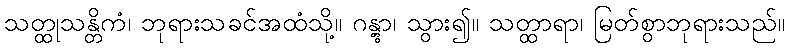
သတ္ထုသန္တိကံ၊ ဘုရားသခင်အထံသို့။ ဂန္တွာ၊ သွား၍။ သတ္ထာရာ၊ မြတ်စွာဘုရားသည်။